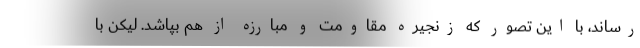
رساند، با این تصور که زنجیره مقاومت و مبارزه از هم بپاشد. لیکن با